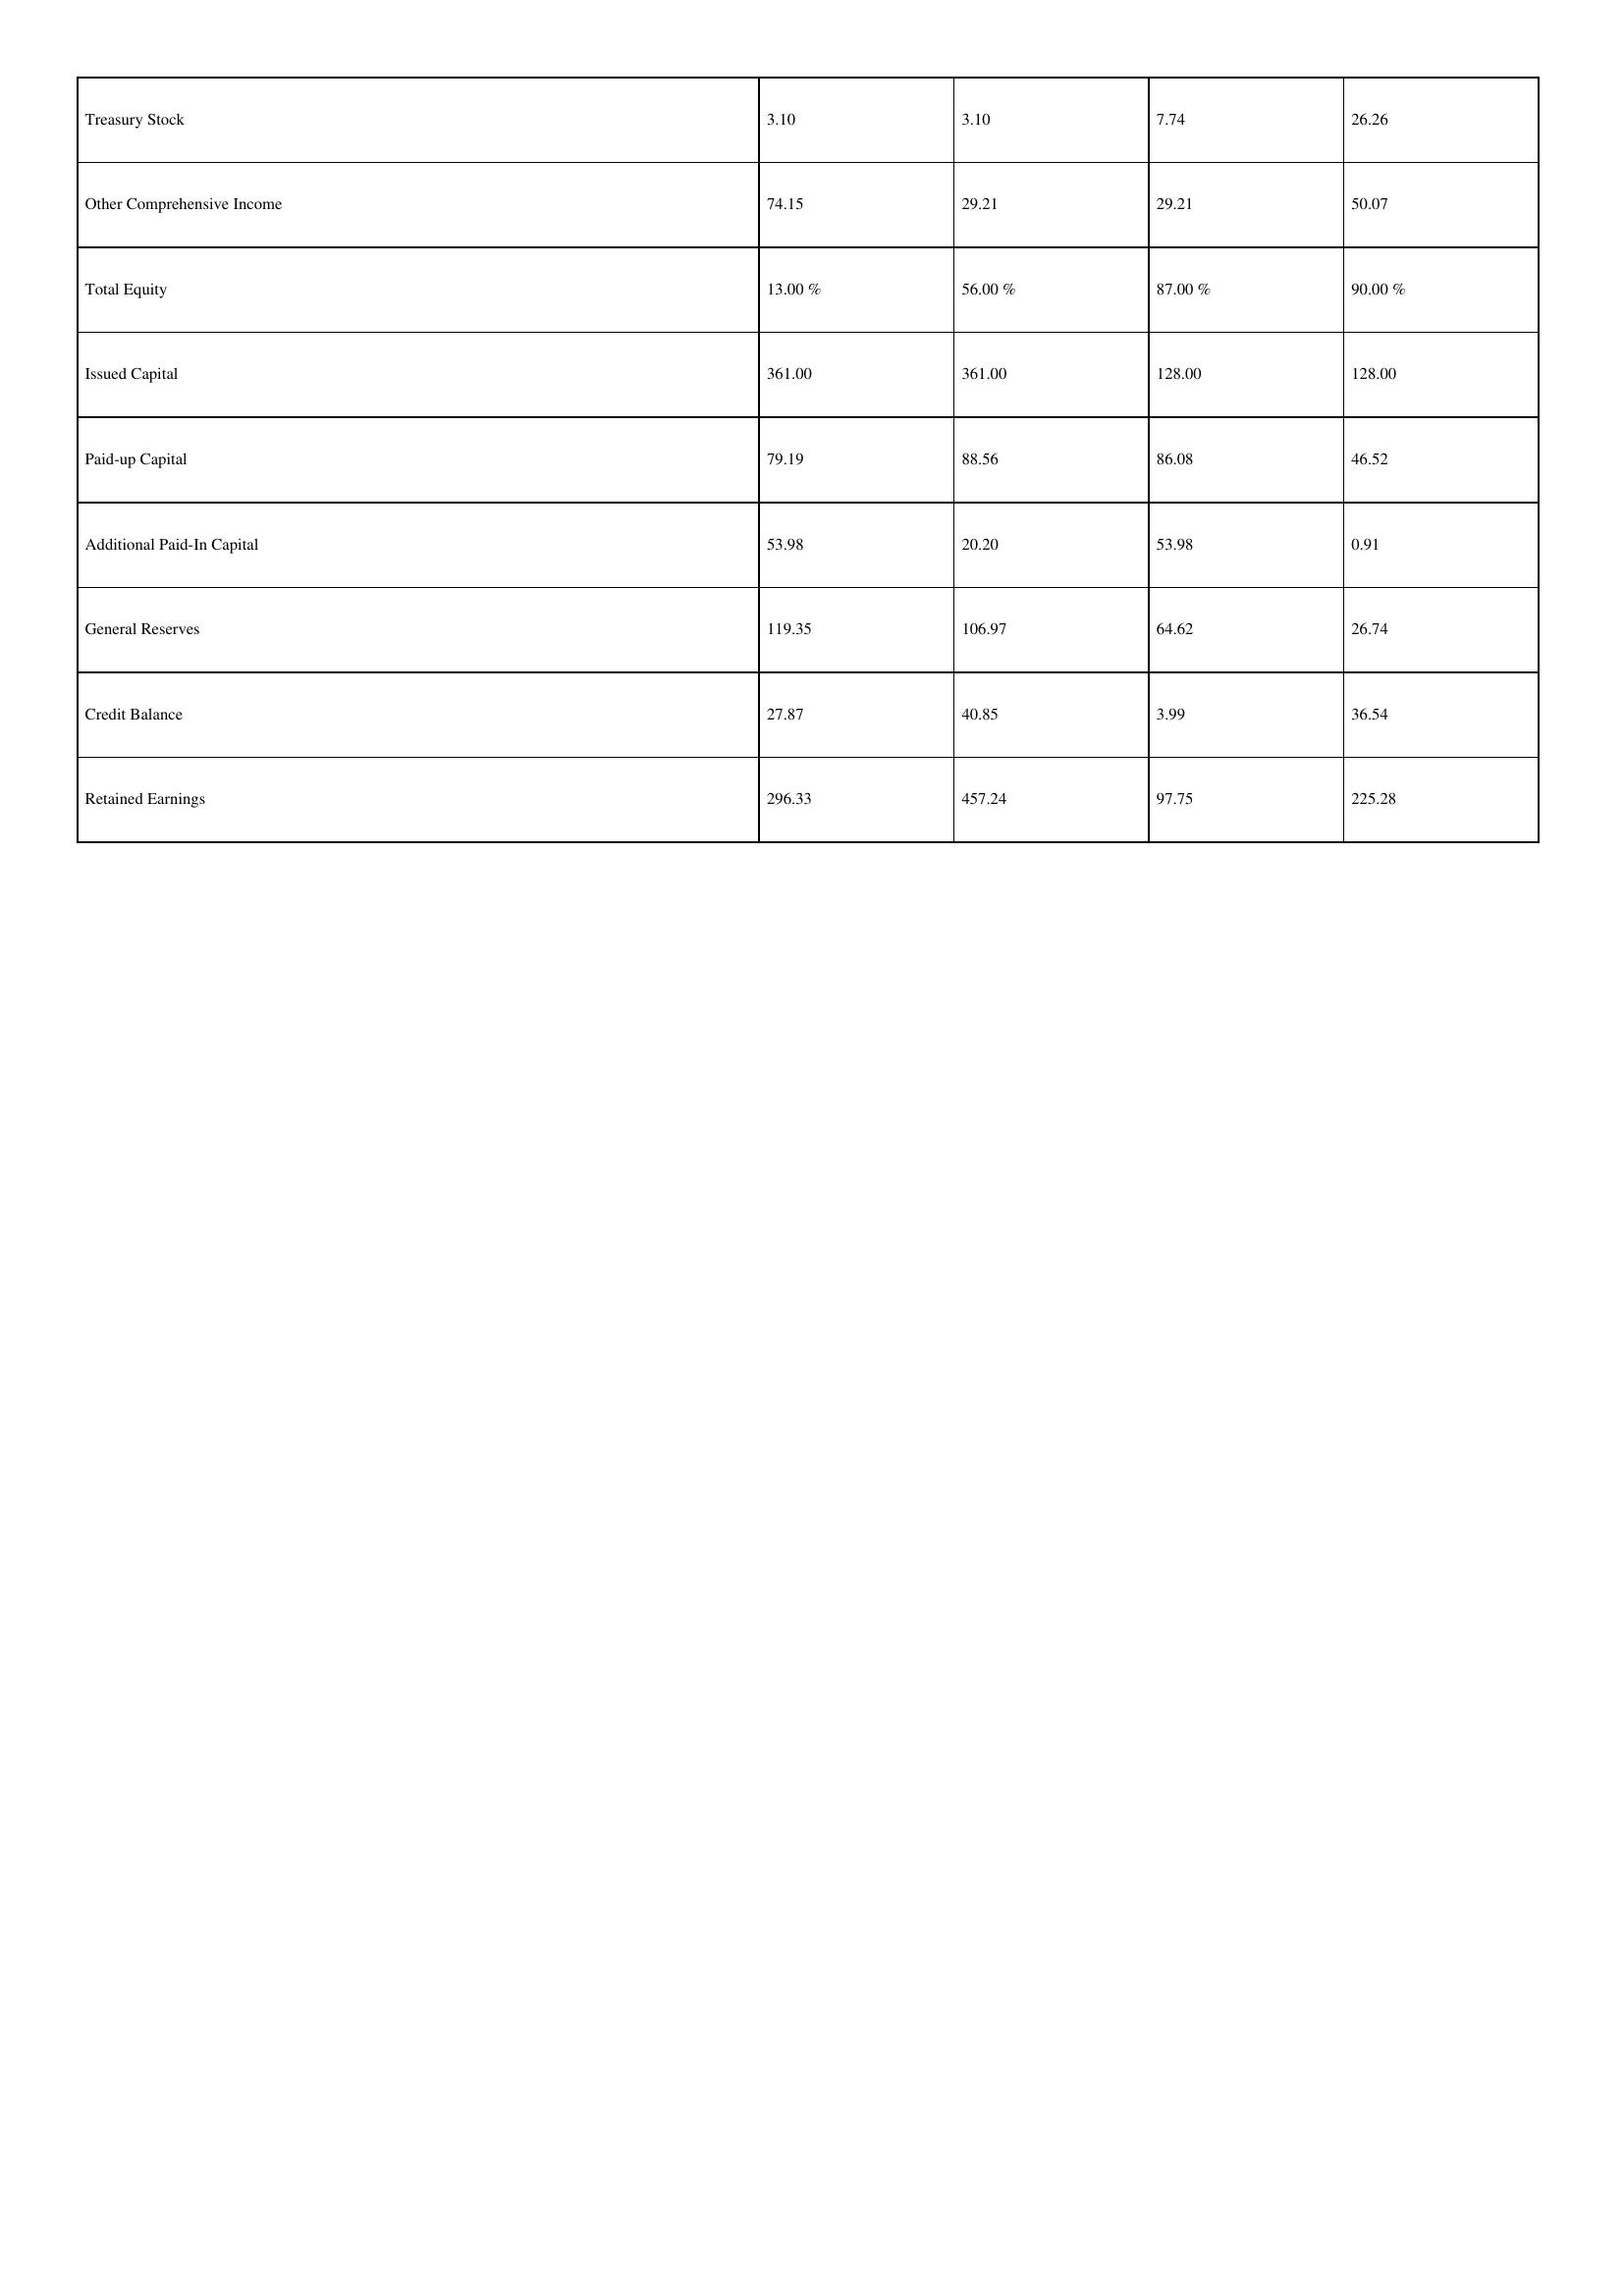
gt_parse: 1996: Treasury Stock: 3.10
Other Comprehensive Income: 74.15
Total Equity: 13.00 %
Issued Capital: 361.00
Paid-up Capital: 79.19
Additional Paid-In Capital: 53.98
General Reserves: 119.35
Credit Balance: 27.87
Retained Earnings: 296.33
1995: Treasury Stock: 3.10
Other Comprehensive Income: 29.21
Total Equity: 56.00 %
Issued Capital: 361.00
Paid-up Capital: 88.56
Additional Paid-In Capital: 20.20
General Reserves: 106.97
Credit Balance: 40.85
Retained Earnings: 457.24
1994: Treasury Stock: 7.74
Other Comprehensive Income: 29.21
Total Equity: 87.00 %
Issued Capital: 128.00
Paid-up Capital: 86.08
Additional Paid-In Capital: 53.98
General Reserves: 64.62
Credit Balance: 3.99
Retained Earnings: 97.75
1993: Treasury Stock: 26.26
Other Comprehensive Income: 50.07
Total Equity: 90.00 %
Issued Capital: 128.00
Paid-up Capital: 46.52
Additional Paid-In Capital: 0.91
General Reserves: 26.74
Credit Balance: 36.54
Retained Earnings: 225.28